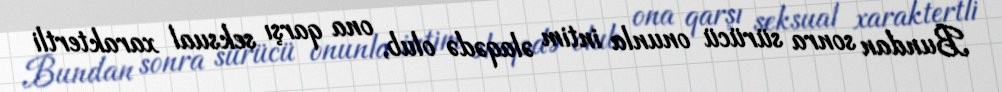
Bundan sonra sürücü onunla intim əlaqədə olub, ona qarşı seksual xaraktertli